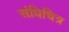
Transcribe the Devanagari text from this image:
संधिचित्र